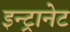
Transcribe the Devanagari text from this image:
इन्ट्रानेट